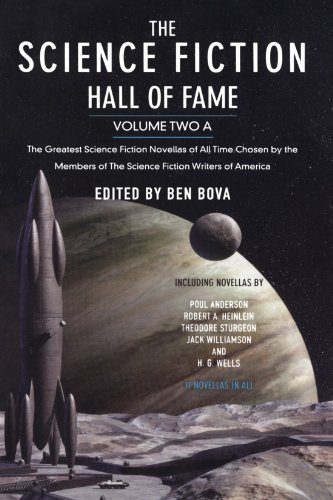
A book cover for The Science Fiction Hall of Fame, Volume Two A: The Greatest Science Fiction Novellas of All Time Chosen by the Members of The Science Fiction Writers of America (SF Hall of Fame); Science Fiction & Fantasy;